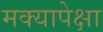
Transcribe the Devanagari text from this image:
मक्यापेक्षा